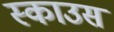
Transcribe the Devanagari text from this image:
स्काउस